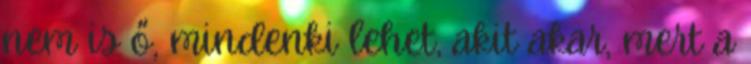
nem is ő, mindenki lehet, akit akar, mert a